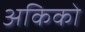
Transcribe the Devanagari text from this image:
अकिको